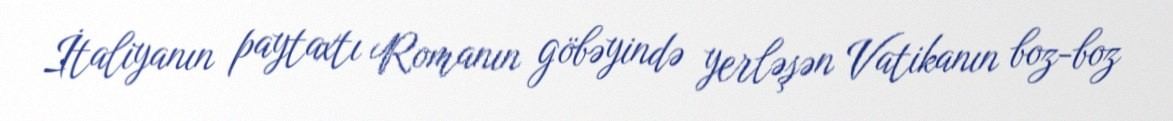
İtaliyanın paytaxtı Romanın göbəyində yerləşən Vatikanın boz-boz